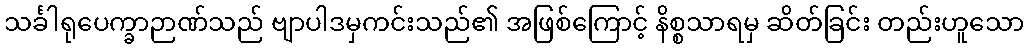
သင်္ခါရုပေက္ခာဉာဏ်သည် ဗျာပါဒမှကင်းသည်၏ အဖြစ်ကြောင့် နိစ္စသာရမှ ဆိတ်ခြင်း တည်းဟူသော